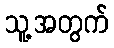
သူ့အတွက်